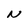
Character: N